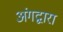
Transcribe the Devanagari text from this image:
अंगद्वारा